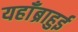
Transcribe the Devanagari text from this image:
यहाँब्राहुई